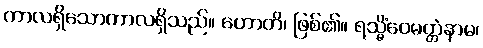
ကာလရှိသောကာလရှိသည်။ ဟောတိ၊ ဖြစ်၏။ ရသ္မိံဝေမတ္တံနာမ၊